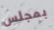
بمجلس